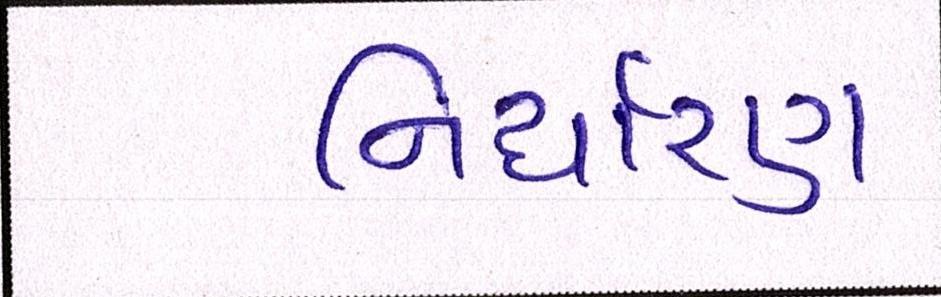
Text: નિર્ધારણ